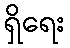
ရှိရေး